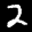
Label: 2